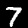
Label: 7